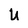
Character: U